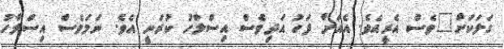
ގަލަކަށް"ވެސް އެރީއެވެ. އެއަށް ފަހު އަދިވެސް އިސްލާހު ކުރަނީ އެވެ. ނަމަވެސް އިސްލާހު